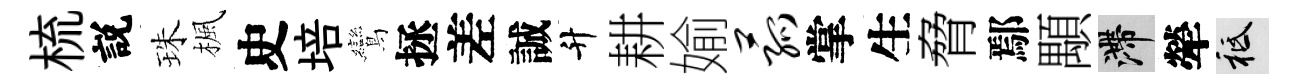
梳説珠楓史培鸞拯差誠升耕媮菰掌生脅鄢顒滯犖祇